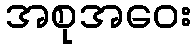
အစုအဝေး